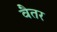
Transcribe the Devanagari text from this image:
वैतर